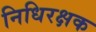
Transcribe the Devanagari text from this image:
निधिरक्षक